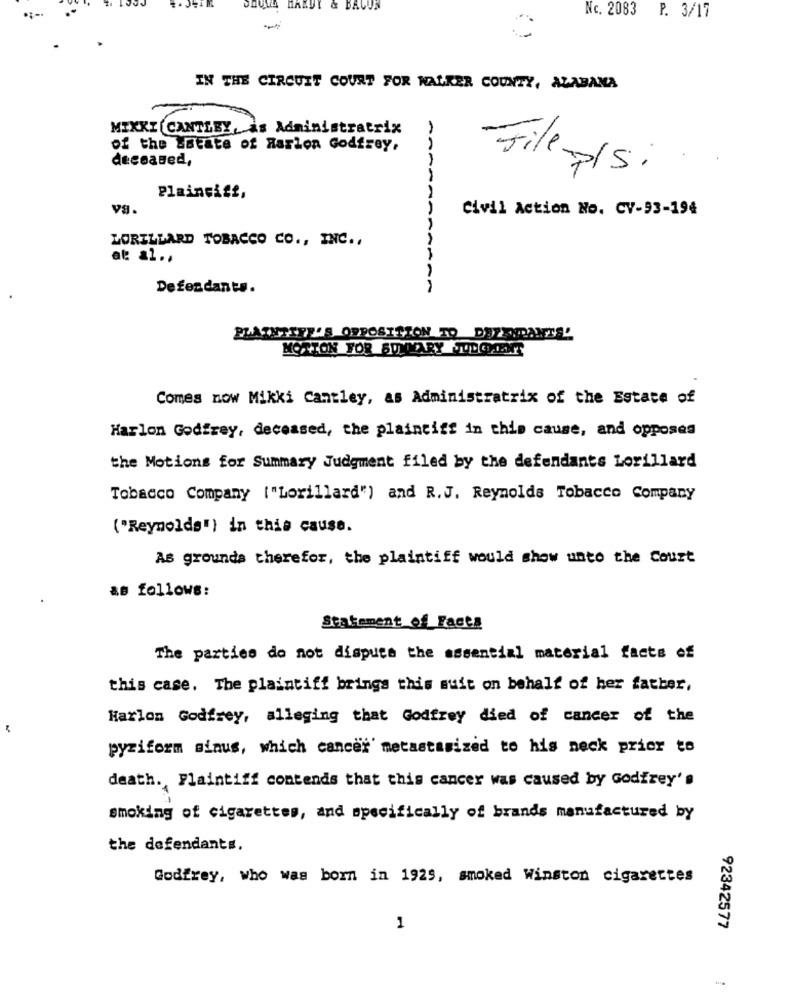
DUTO HARDY & BACON
Nc. 2083
P. 3/17
IN THE CIRCUIT COURT FOR WALKER COUNTY, ALABAMA
MIXKI CANTEBY, is Administratrix
of the sstate of Harion Godfrey,
deceased,
Jill -p/s.
Plainsist,
vS.
Civil Action No. CV-93-194
LORILLARD TOBACCO CO ., INC .,
at: al .,
Defendants.
RAR
PLAINTIFF'S OPPOSITION TO DEZENDANTS'
MORTON FOR SUMMARY JUDGMENT
Comes now Mikki Cantley, as Administratrix of the Estate of
Harlon Godfrey, deceased, the plaintiff in this cause, and opposes
the Motions for Summary Judgment filed by the defendants Lorillard
Tobacco Company ("Lorillard") and R.J. Reynolds Tobacco Company
("Reynolds") in this cause.
As grounds therefor, the plaintiff would show unto the Court
as follows:
Statement of Facts
The parties do not dispute the essential material facts of
this case. The plaintiff brings this suit on behalf of her father,
Harlon Godfrey, alleging that Godfrey died of cancer of the
pyziform sinus, which cancer metastasized to his neck prior to
death. Plaintiff contends that this cancer was caused by Godfrey's
smoking of cigarettes, and specifically of brands manufactured by
the defendants.
Godfrey, who was born in 1929, smoked Winston cigarettes
1
92342577
-